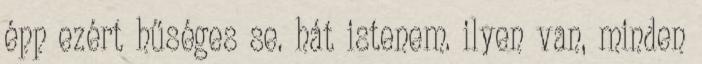
épp ezért hűséges se. hát istenem. ilyen van, minden